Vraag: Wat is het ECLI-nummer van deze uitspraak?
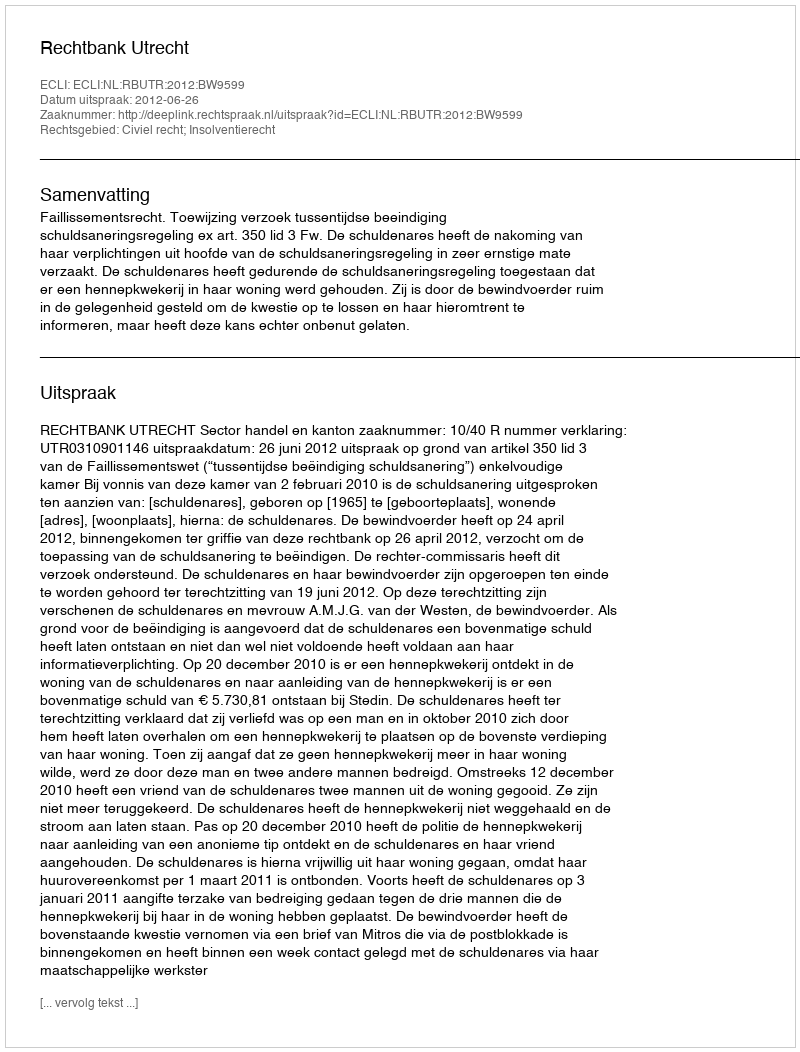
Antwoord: ECLI:NL:RBUTR:2012:BW9599